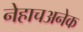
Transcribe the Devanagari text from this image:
नेहाचअनेक